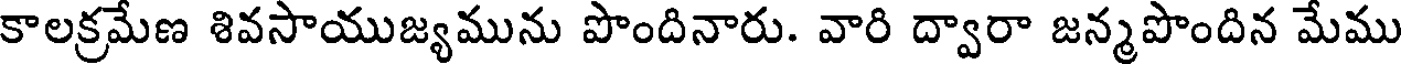
కాలక్రమేణ శివసాయుజ్యమును పొందినారు. వారి ద్వారా జన్మపొందిన మేము